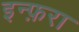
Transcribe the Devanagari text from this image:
इन्फ़रा